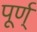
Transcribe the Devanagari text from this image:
पूर्ण्